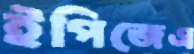
ইপিজেএ